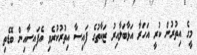
މީގެ އިތުރުން ކުރީ އަހަރާ އަޅާބަލާއިރު ޒަކާތުގެ ފައިސާ އިތުރުކުރެވި އެފައިސާއިން ބޮޑެތި